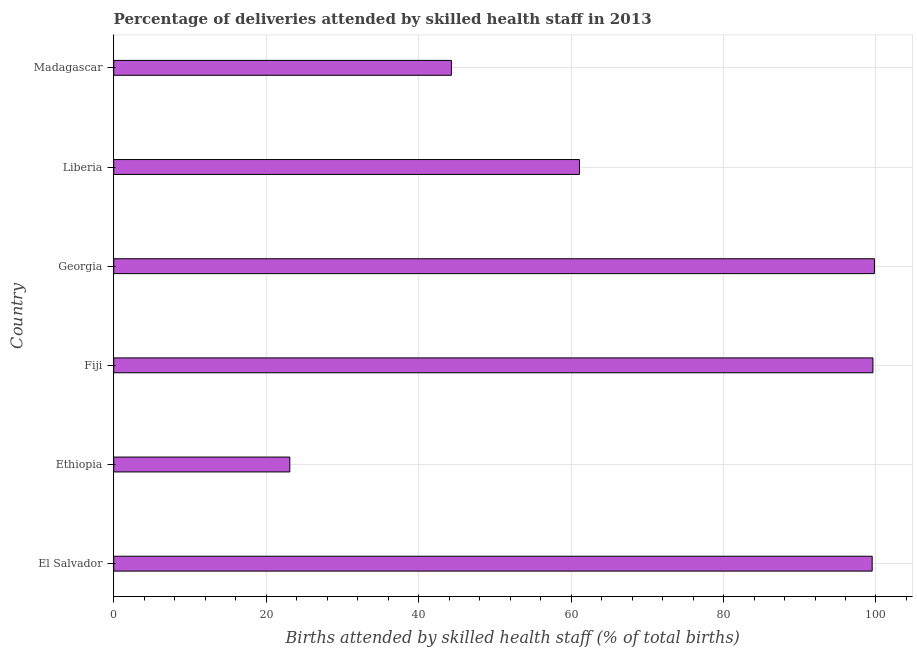
| Country | Births attended by skilled health staff |
 | --- | --- |
 | El Salvador | 99.5 |
 | Ethiopia | 23.1 |
 | Fiji | 99.6 |
 | Georgia | 99.8 |
 | Liberia | 61.1 |
 | Madagascar | 44.3 |